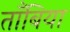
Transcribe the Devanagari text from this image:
ताँबिया